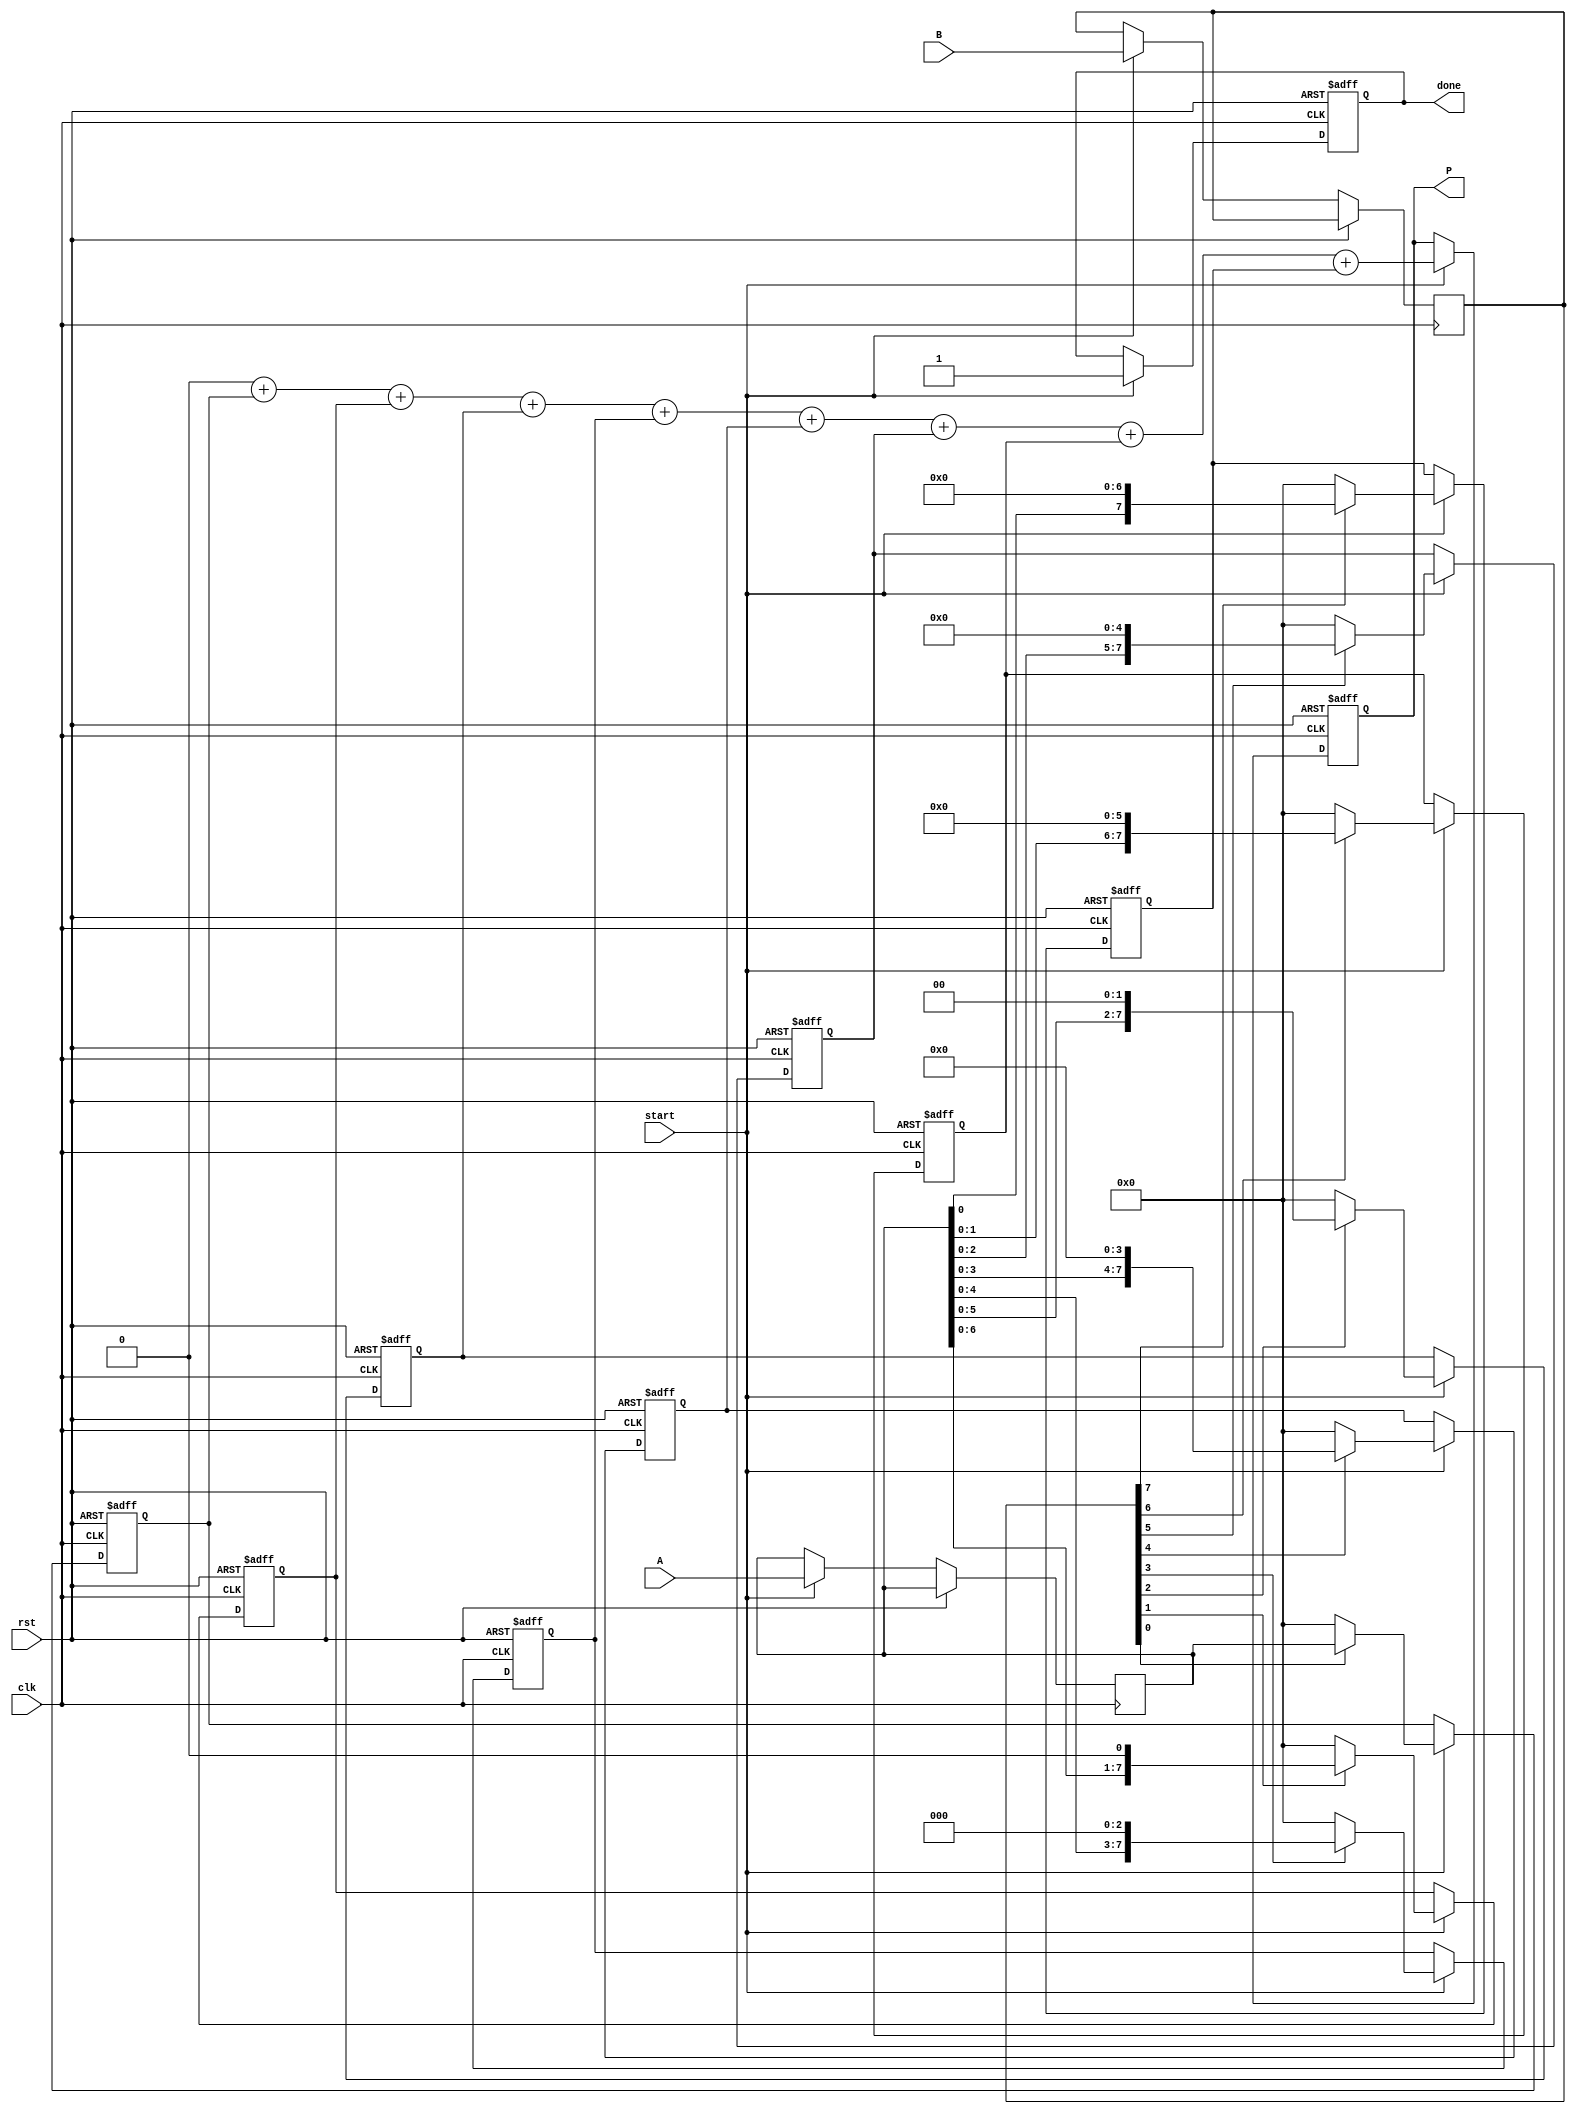
module radix2_multiplier #(parameter N = 8) (
    input [N-1:0] A,      // First operand
    input [N-1:0] B,      // Second operand
    input clk,            // Clock signal
    input rst,            // Reset signal
    input start,          // Start signal for multiplication
    output reg [2*N-1:0] P, // Product output
    output reg done       // Done signal indicating the multiplication is complete
);

    reg [N-1:0] b_reg;
    reg [N-1:0] partial_product [0:N-1]; // Array for storing partial products
    reg [N-1:0] a_reg;
    reg [2*N-1:0] sum; // Intermediate sum
    integer i, j;

    // Initial block for reset and initialization
    always @(posedge clk or posedge rst) begin
        if (rst) begin
            P <= 0;
            done <= 0;
            for (i = 0; i < N; i = i + 1) begin
                partial_product[i] <= 0;
            end
        end 
        else if (start) begin
            a_reg <= A;
            b_reg <= B;
            done <= 0;
            // Generate partial products
            for (i = 0; i < N; i = i + 1) begin
                if (b_reg[i] == 1'b1) begin
                    partial_product[i] <= a_reg << i; // Shift left by i positions
                end else begin
                    partial_product[i] <= 0;
                end
            end

            // Summing partial products
            sum = 0;
            for (i = 0; i < N; i = i + 1) begin
                sum = sum + partial_product[i];
            end

            P <= sum;  // Store final product
            done <= 1; // Signal multiplication is complete
        end
    end
endmodule